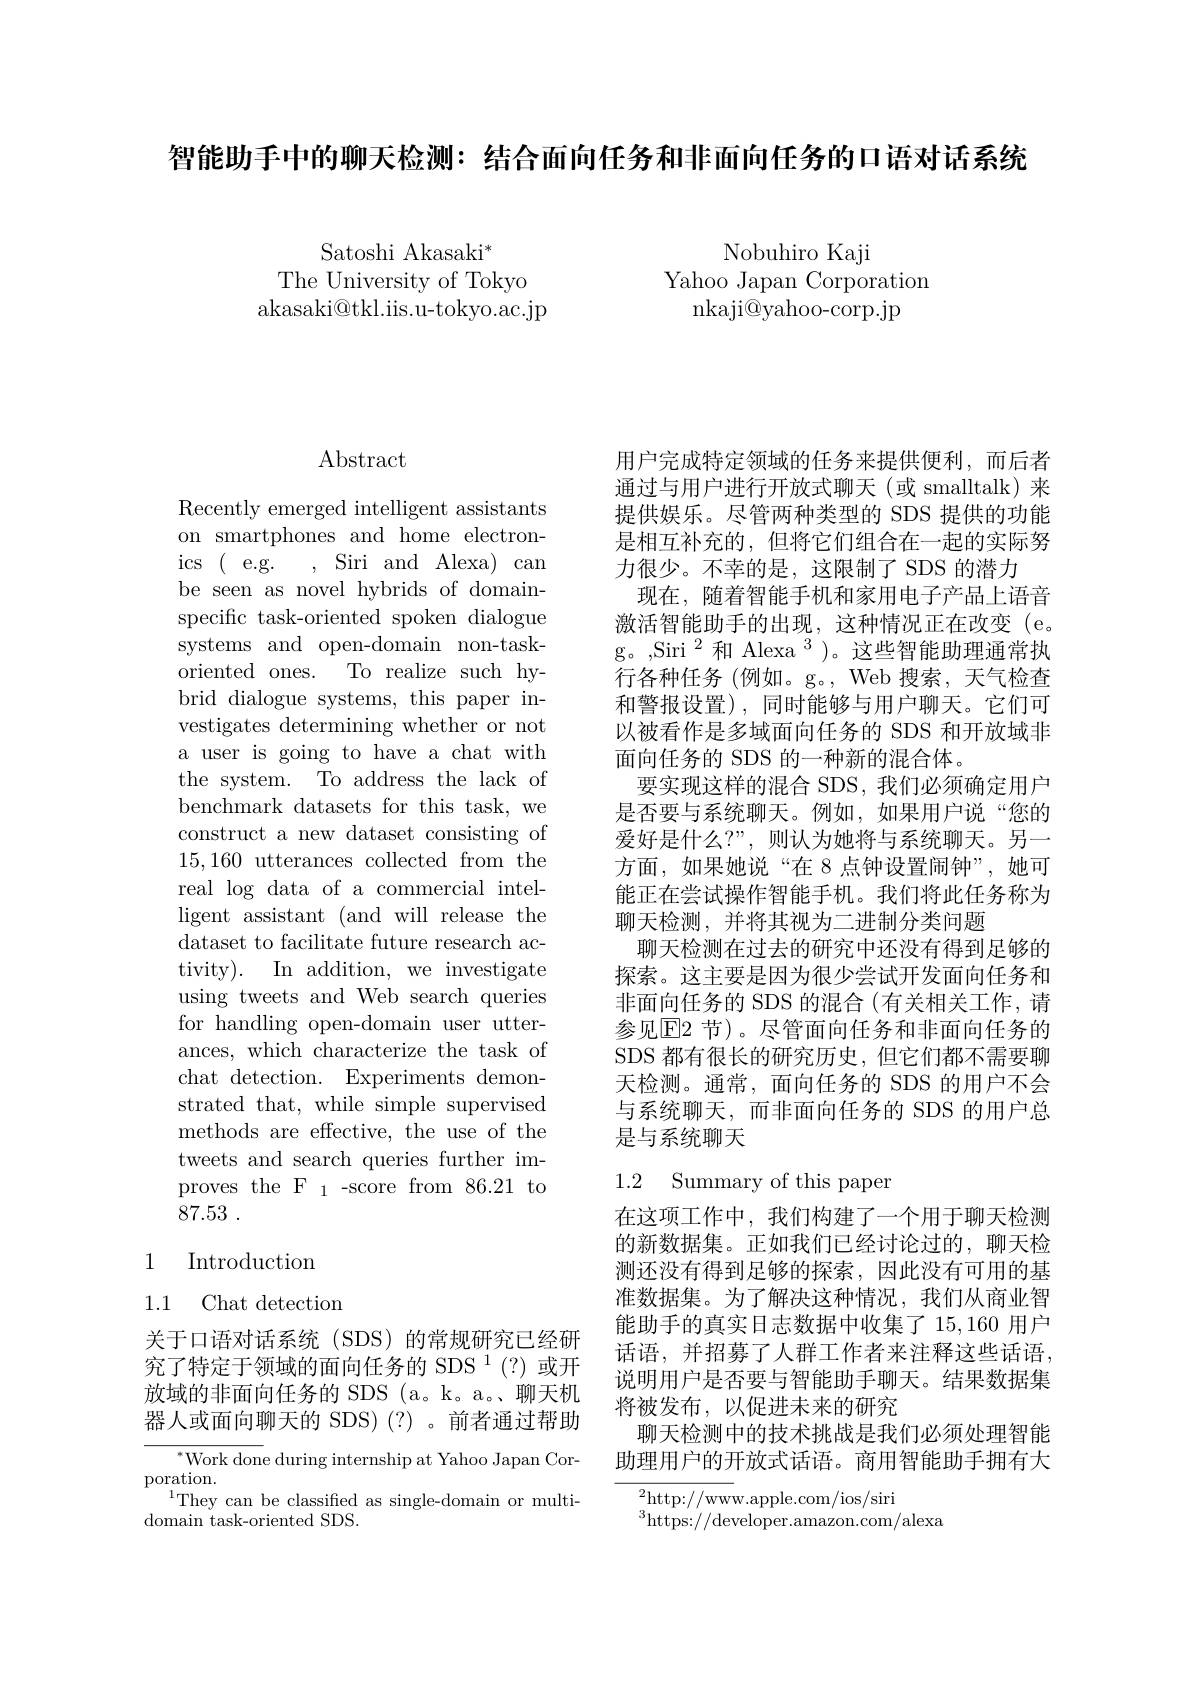
智能助手中的聊天检测：结合面向任务和非面向任务的口语对话系统

Satoshi Akasaki$^{*}$
The University of Tokyo akasaki@tkl.iis.u-tokyo.ac.jp

Nobuhiro Kaji
Yahoo Japan Corporation
nkaji@ yahoo- corp. jp

## $\operatorname{Abstract}$

Recently emerged intelligent assistants on smartphones and home electronics$\allowbreak ( {\mathrm{mod}} $ e. g. ) Siri and Alexa) can be seen as novel hybrids of domainspecific task-oriented spoken dialogue systems and open-domain non-taskoriented ones. To realize such hybrid dialogue systems, this paper investigates determining whether or not a user is going to have a chat with the system. To address the lack of benchmark datasets for this task, we construct a new dataset consisting of 15,160 utterances collected from the real log data of a commercial intelligent assistant (and will release the dataset to facilitate future research ac- ${\mathrm{tivity}}) .$ ${\mathrm{In}}$ ${\mathrm{addition, }}$ ${\mathrm{we}}$ ${\mathrm{investigate}}$ using tweets and Web search queries for handling open-domain user utterances, which characterize the task of chat detection. Experiments demonstrated that, while simple supervised methods are effective, the use of the tweets and search queries further improves the F 1-score from 86.21 to 87.53 .

### 1 Introduction

1.1 Chat detection

关于口语对话系统(SDS)的常规研究已经研究了特定于领域的面向任务的 SDS 1(?)或开放域的非面向任务的 SDS (a。k。a。聊天机器人或面向聊天的 SDS)(?)。前者通过帮助

$^{*}$Work done during internship at Yahoo Japan Cor-
$\operatorname{poration}.$
$^{1}$They can be classifed as single-domain or multi-
domain task-oriented SDS.

用户完成特定领域的任务来提供便利，而后者通过与用户进行开放式聊天(或 smalltalk)来提供娱乐。尽管两种类型的 SDS 提供的功能是相互补充的，但将它们组合在一起的实际努力很少。不幸的是，这限制了 SDS 的潜力
现在，随着智能手机和家用电子产品上语音激活智能助手的出现，这种情况正在改变(e。g。,Siri$^{2}$和 Alexa$^{3}$)。这些智能助理通常执行各种任务(例如。g。, Web 搜索，天气检查和警报设置),同时能够与用户聊天。它们可以被看作是多域面向任务的 SDS 和开放域非面向任务的 SDS 的一种新的混合体。
要实现这样的混合 SDS, 我们必须确定用户是否要与系统聊天。例如，如果用户说“您的爱好是什么？”,则认为她将与系统聊天。另一方面，如果她说“在 8 点钟设置闹钟”,她可能正在尝试操作智能手机。我们将此任务称为聊天检测，并将其视为二进制分类问题
聊天检测在过去的研究中还没有得到足够的探索。这主要是因为很少尝试开发面向任务和非面向任务的 SDS 的混合(有关相关工作，请参见$\operatorname{E2}$ 节)。尽管面向任务和非面向任务的SDS 都有很长的研究历史，但它们都不需要聊天检测。通常，面向任务的 SDS 的用户不会与系统聊天，而非面向任务的 SDS 的用户总是与系统聊天

### 1.2 Summary of this paper

在这项工作中，我们构建了一个用于聊天检测的新数据集。正如我们已经讨论过的，聊天检测还没有得到足够的探索，因此没有可用的基准数据集。为了解决这种情况，我们从商业智能助手的真实日志数据中收集了 15,160 用户话语，并招募了人群工作者来注释这些话语， 说明用户是否要与智能助手聊天。结果数据集将被发布，以促进未来的研究
聊天检测中的技术挑战是我们必须处理智能助理用户的开放式话语。商用智能助手拥有大

$^{2}$http://www.apple.com/ios/siri

$^{3}$https://developer.amazon.com/alexa